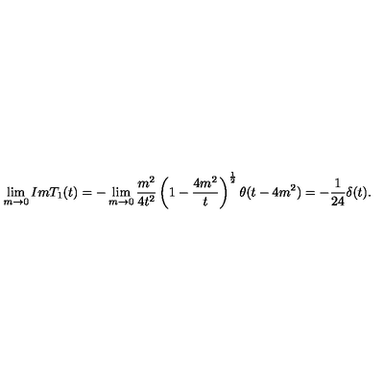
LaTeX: \lim _ { m \rightarrow 0 } I m T _ { 1 } ( t ) = - \lim _ { m \rightarrow 0 } \frac { m ^ { 2 } } { 4 t ^ { 2 } } \left( 1 - \frac { 4 m ^ { 2 } } { t } \right) ^ { \frac { 1 } { 2 } } \theta ( t - 4 m ^ { 2 } ) = - \frac { 1 } { 2 4 } \delta ( t ) .